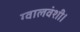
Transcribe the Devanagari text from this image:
ग्वालवंशी।